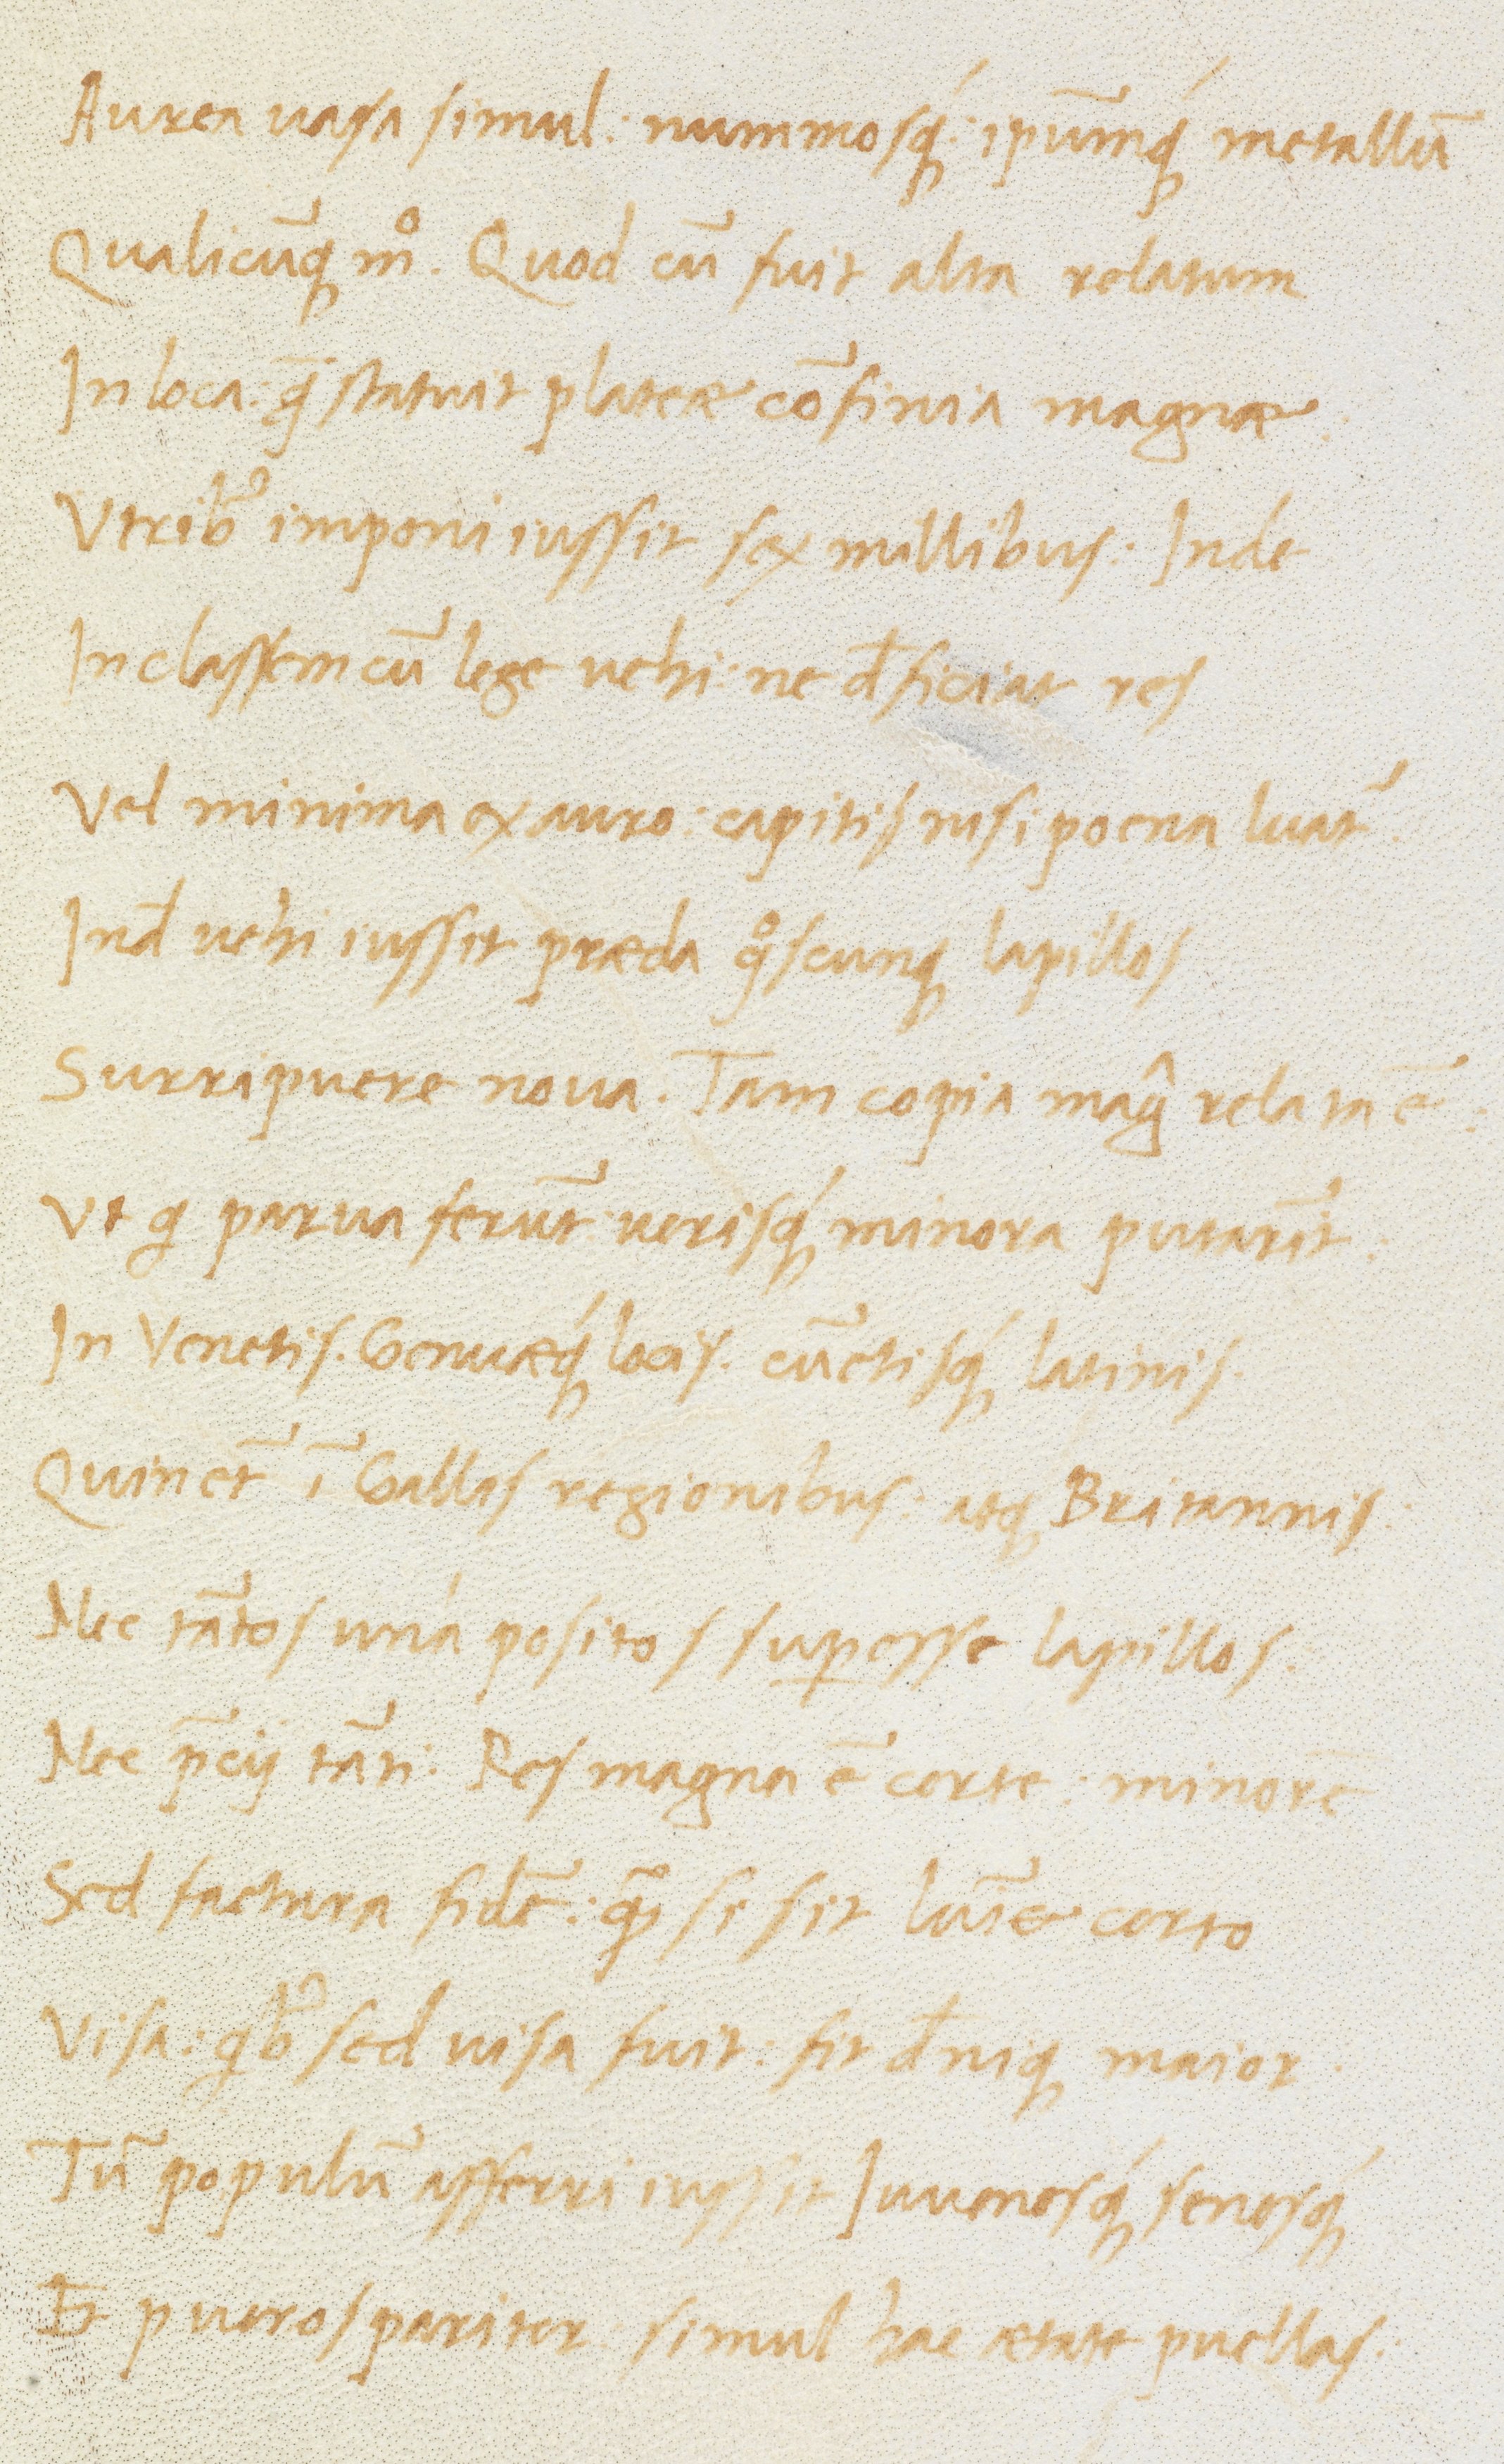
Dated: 1470–1499